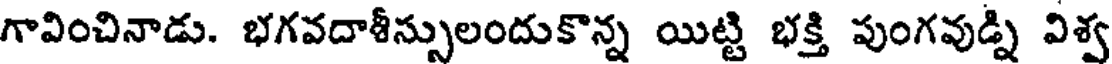
గావించినాడు. భగవదాశీస్సులందుకొన్న యిట్టి భక్తి పుంగవుడ్ని విశ్వ